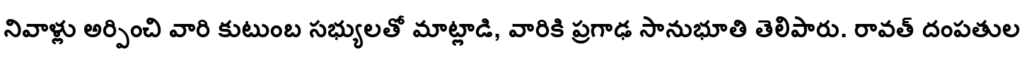
నివాళ్లు అర్పించి వారి కుటుంబ సభ్యులతో మాట్లాడి, వారికి ప్రగాఢ సానుభూతి తెలిపారు. రావత్ దంపతుల